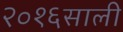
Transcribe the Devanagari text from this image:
२०१६साली